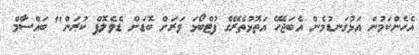
އެހެންކަމުން އަޅުގަނޑުމެން އެބަޖެހޭ އަތޮޅުތެރޭގެ ފުޓްބޯޅަ ވަރަށް ބޮޑަށް ޑެވެލޮޕް ކުރަން" ބައްސާމް